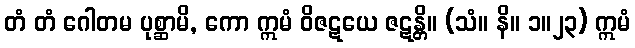
တံ တံ ဂေါတမ ပုစ္ဆာမိ, ကော ဣမံ ဝိဇဋယေ ဇဋန္တိ။ (သံ။ နိ။ ၁။၂၃) ဣမံ